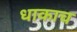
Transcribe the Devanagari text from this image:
धाकाच